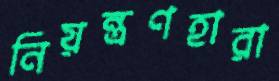
নিয়ন্ত্রণহারা